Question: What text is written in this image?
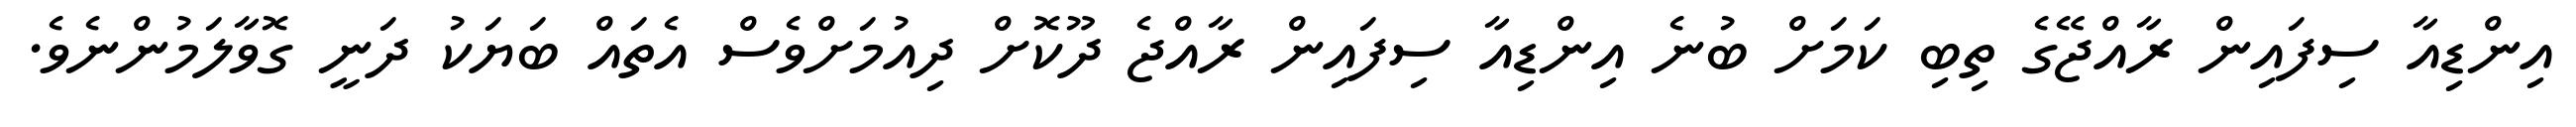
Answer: އިންޑިއާ ސިފައިން ރާއްޖޭގެ ތިބި ކަމަށް ބުނެ އިންޑިއާ ސިފައިން ރާއްޖެ ދޫކޮށް ދިއުމަށްވެސް އެތައް ބަޔަކު ދަނީ ގޮވާލަމުންނެވެ.